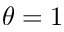
\theta = 1